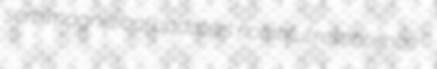
semimagnetical updaters notchful resentience